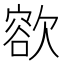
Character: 𣤄